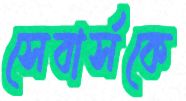
সেবার্সকে